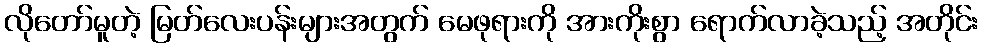
လိုတော်မူတဲ့ မြတ်လေးပန်းများအတွက် မေဖုရားကို အားကိုးစွာ ရောက်လာခဲ့သည့် အတိုင်း